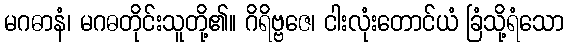
မဂဓာနံ၊ မဂဓတိုင်းသူတို့၏။ ဂိရိဗ္ဗဇေ၊ ငါးလုံးတောင်ယံ ခြံသို့ရံသော